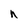
Character: n